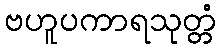
ဗဟူပကာရသုတ္တံ